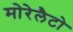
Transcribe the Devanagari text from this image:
मोरेलैटो